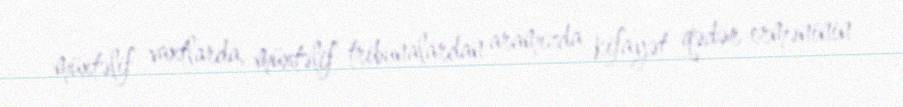
müxtəlif vaxtlarda, müxtəlif tribunalardan aramızda kifayət qədər erməninin